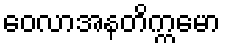
ဝေလာအနတိက္ကမော